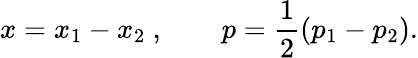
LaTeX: x=x_{1}-x_{2}\ ,\qquad p={\frac{1}{2}}(p_{1}-p_{2}).